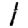
Digit: 1